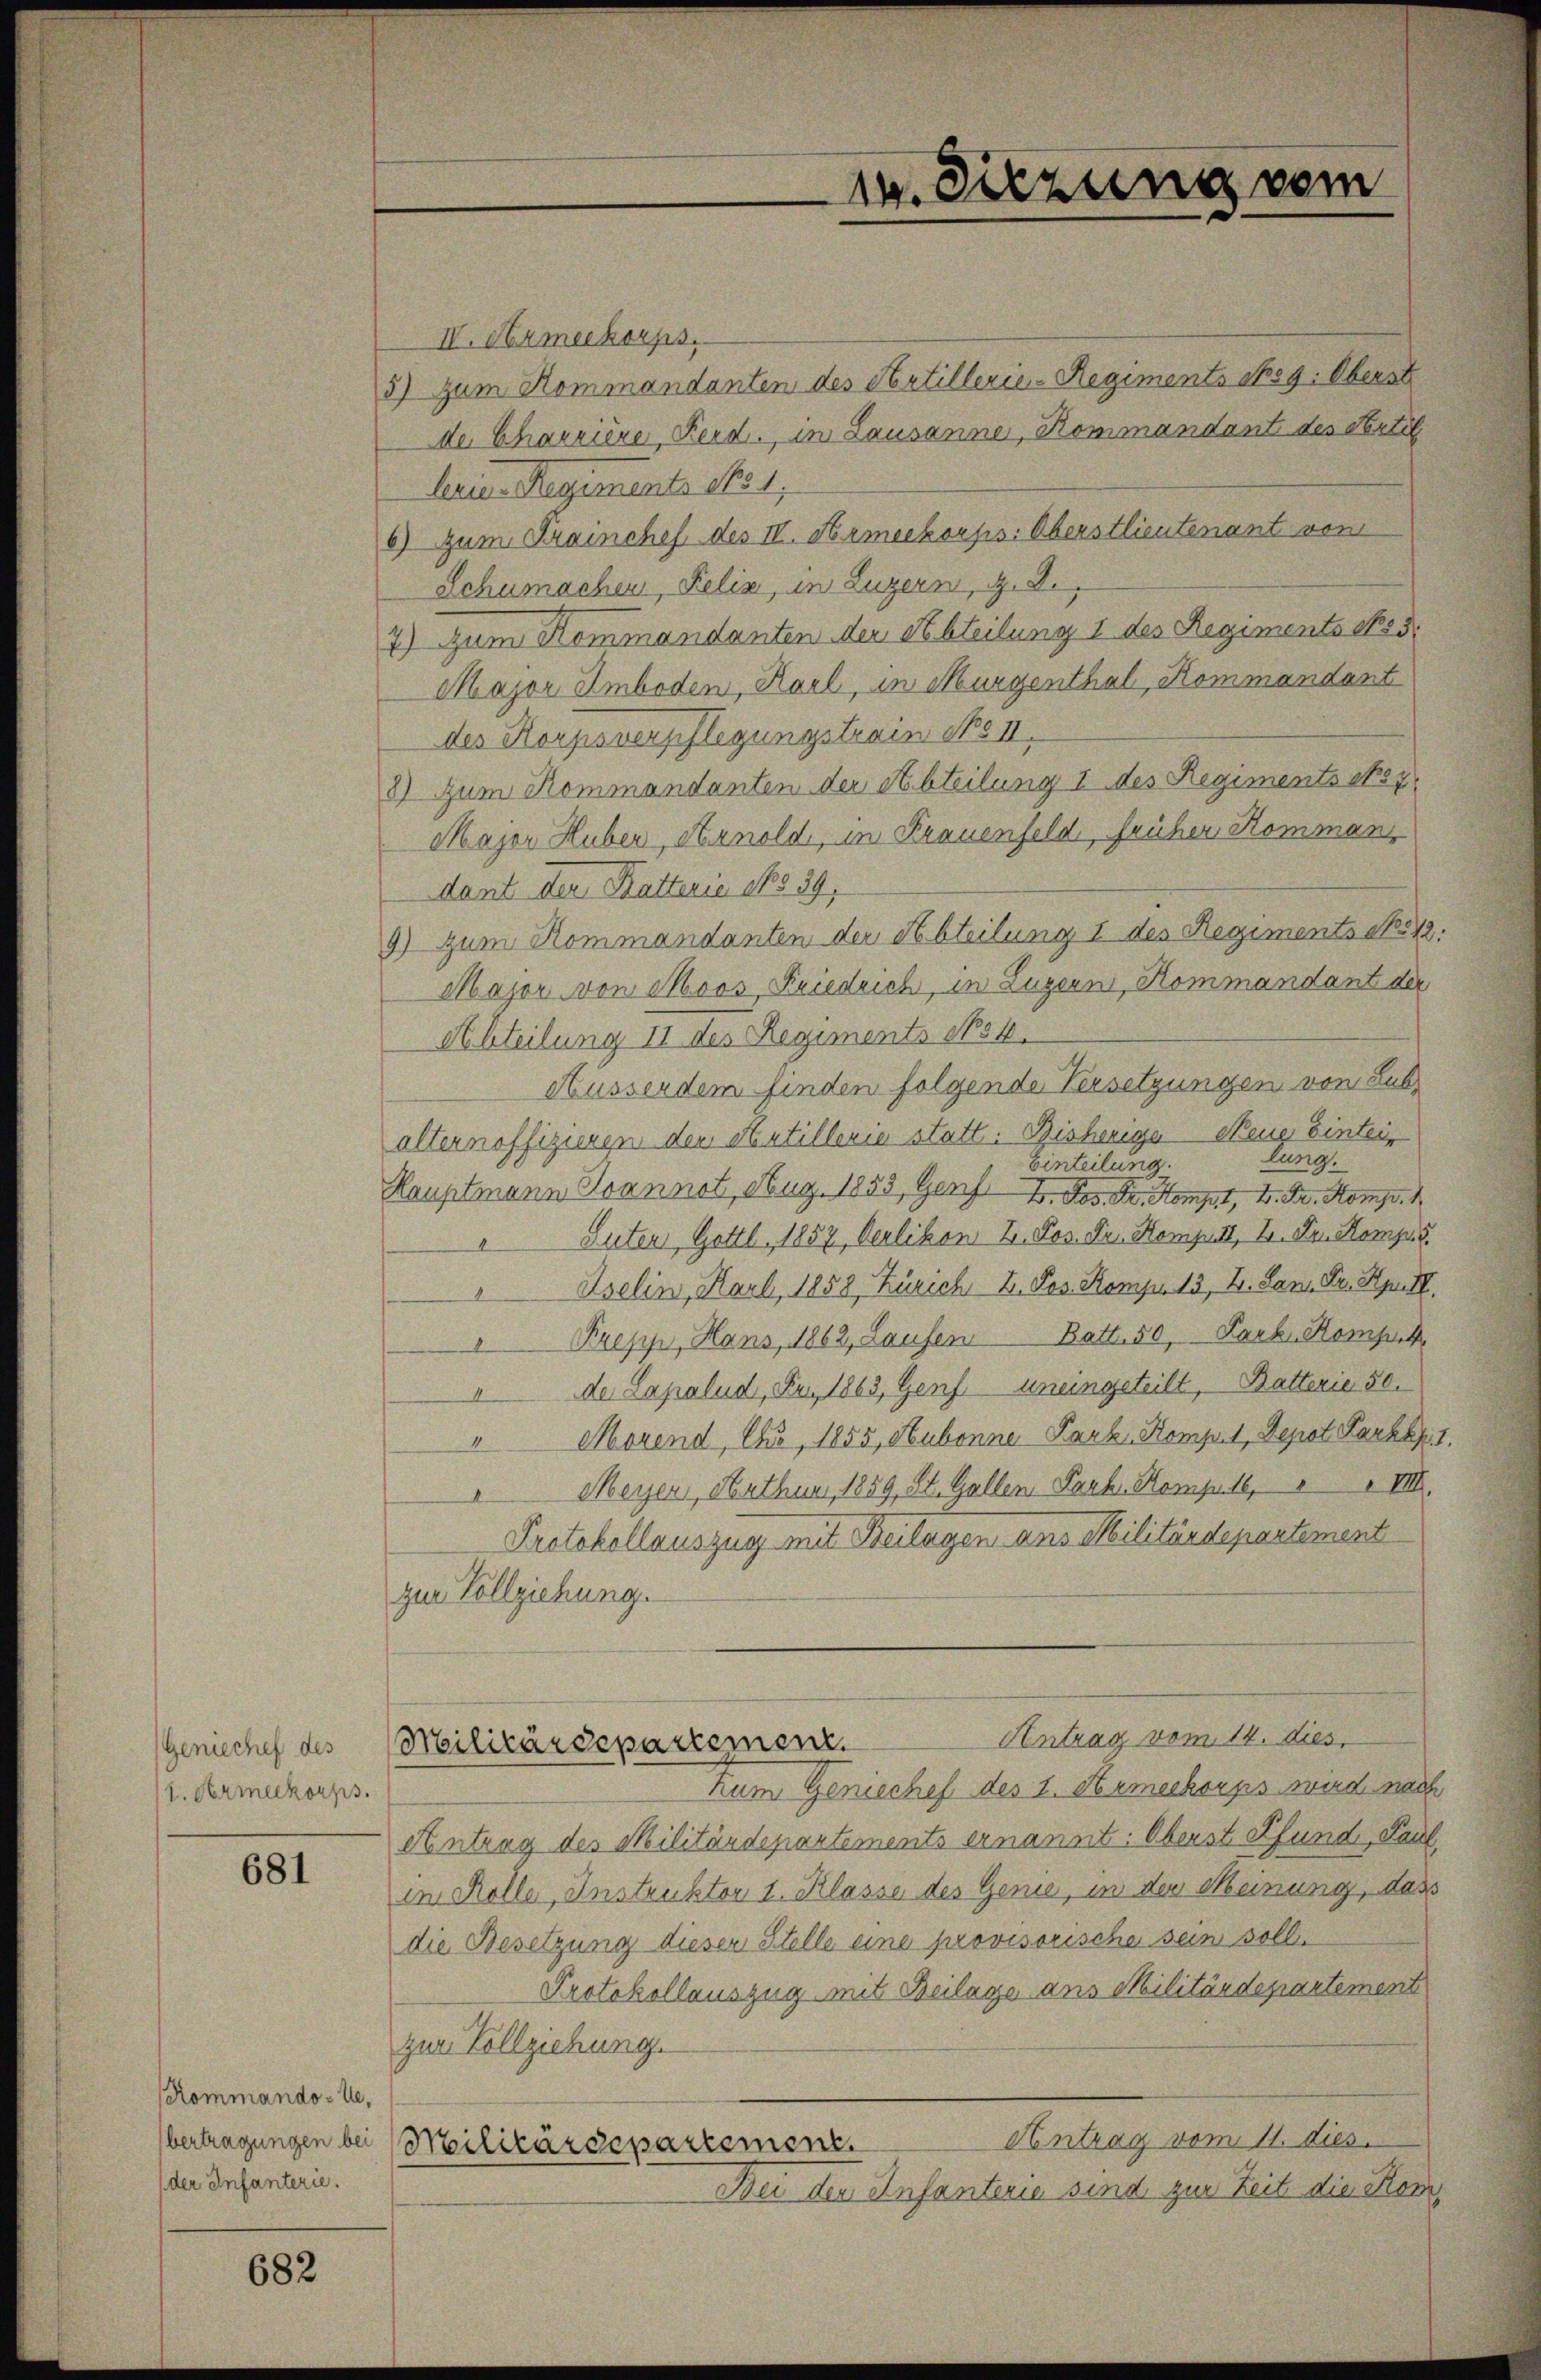
Geniechef des
1. Armeekorps.

681

Rommando-Ue,
der Infanterie.

682

IV. Armeekorps.
5) zum Kommandanten des Artillerie-Regiments sog. Oberst
de Charrière, Reid. in Lausanne, Kommandant des Artil
lerie-Regiments No 1,
6) zum Trainchef des IV. Hameekorps: Oberstlieutenant vom
Schumachen, Felix, in Luzern, z. B.
7) Zum Kommandanten der Abteilung 1 des Regiments No 5.
Major Amboden, Karl, in Murgenthal, Kommandant
des Korpoverschlegungstrain No II.
8) zum Kommandanten der Abteilung I des Regiments No 7
Major Huber, Arnold, in Frauenfeld, früher Komman
dant der Ratterie No 39,
9) zum Kommandanten der Abteilung 1 des Regiments No 42
Major von Moos, Friedrich, in Luzern, Kommandant der
Abteilung II des Regiments so b
Ausserdem finden folgende Versetzungen von Lub
alternoffizieren den Antillerie statt. Bisherige Neue Einteir
lung.
Einteilung.
Hauptmann Joannot, Aug. 1853, Genf 1. Jos. Dr. Kompt, V. Dr. Komp. 1
 Suter Gottl, 1857, Oerlikon u. Pos. Dr. Komputt, I. Der Komp
Aselin, Karl, 1858, Zürich, u. Pos. Komp. 13, 4. Jan. Dr. Hyrtl,
Krepp, Hans, 1862, Laufen Batt. 50, Park Komp
de Capalud, Fr. 1863, Genf uneingeteilt, Butterie 50.
Morend, Cho, 1855, Hubonne Park. Komp. 1, Depot Parktp
4
Meyen, Arthum, 1859, St. Gallen Park. Komput6, VIII.
Protokollauszug mit Beilagen ans Militärdepartement
zur Vollziehung.
Antrag vom 14. dies
Militärdepartement.
Zum Geniechef des 1. Armeekorps wird nach
Antrag des Militärdepartements ernannt: Oberst Pfund, Paul
in Rolle, Instruktor 1. Klasse des Genie, in der Meinung, dass
die Besetzung dieser Stelle eine provisorische sein soll.
Protokollauszug mit Beilage aus Militärdepartement
zur Vollziehung.
Antrag vom 11. dies
bertragungen bei Militärdepartement.
Bei der Infanterie sind zur Zeit die Kom¬

14. Sitzung vom